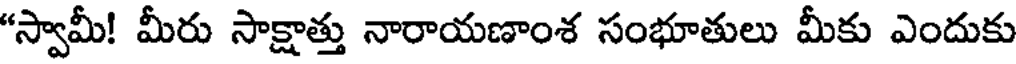
"స్వామీ! మీరు సాక్షాత్తు నారాయణాంశ సంభూతులు మీకు ఎందుకు